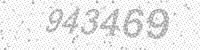
Solution: 943469